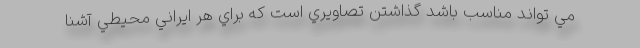
مي تواند مناسب باشد گذاشتن تصاويري است كه براي هر ايراني محيطي آشنا